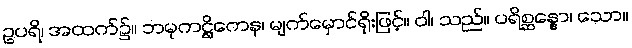
ဥပရိ၊ အထက်၌။ ဘမုကဋ္ဌိကေန၊ မျက်မှောင်ရိုးဖြင့်။ ဝါ၊ သည်။ ပရိစ္ဆန္နော၊ သော။